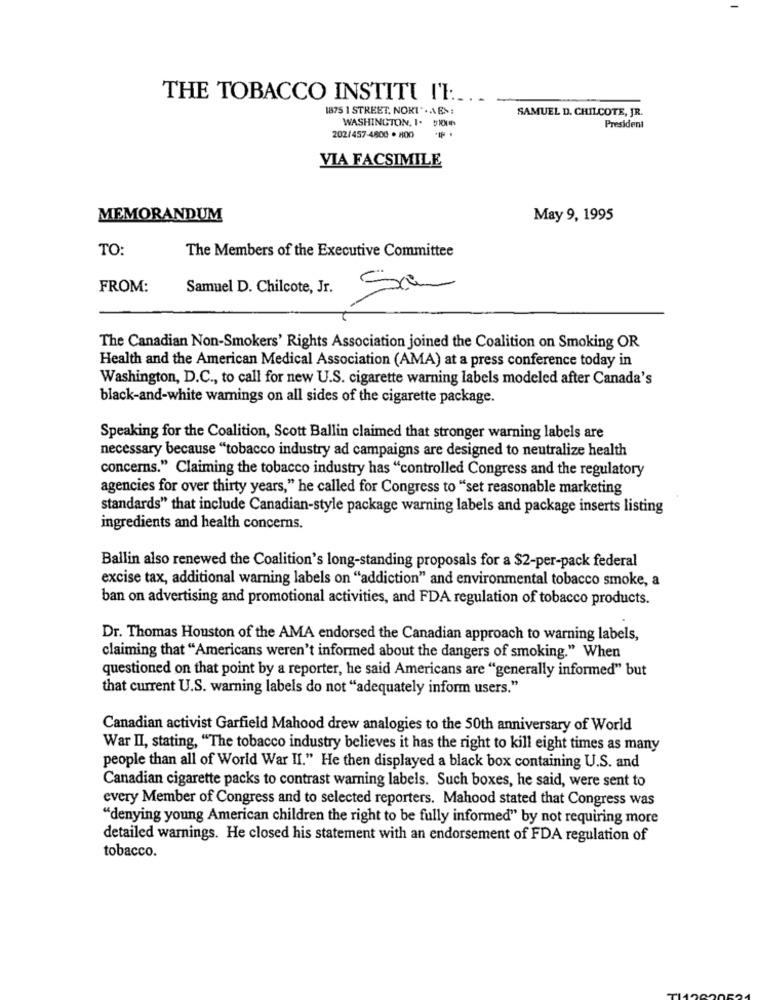
THE TOBACCO INSTITU I'I :...
1875 1 STREET, NORI *. AEN
SAMUEL D. CHILCOTE, JR.
WASHINGTON, 1. $100
President
202/457-4800 · 800
VIA FACSIMILE
MEMORANDUM
May 9, 1995
TO:
The Members of the Executive Committee
FROM:
Samuel D. Chilcote, Jr.
Sa
The Canadian Non-Smokers' Rights Association joined the Coalition on Smoking OR
Health and the American Medical Association (AMA) at a press conference today in
Washington, D.C ., to call for new U.S. cigarette warning labels modeled after Canada's
black-and-white warnings on all sides of the cigarette package.
Speaking for the Coalition, Scott Ballin claimed that stronger warning labels are
necessary because "tobacco industry ad campaigns are designed to neutralize health
concerns." Claiming the tobacco industry has "controlled Congress and the regulatory
agencies for over thirty years," he called for Congress to "set reasonable marketing
standards" that include Canadian-style package warning labels and package inserts listing
ingredients and health concerns.
Ballin also renewed the Coalition's long-standing proposals for a $2-per-pack federal
excise tax, additional warning labels on "addiction" and environmental tobacco smoke, a
ban on advertising and promotional activities, and FDA regulation of tobacco products.
Dr. Thomas Houston of the AMA endorsed the Canadian approach to warning labels,
claiming that "Americans weren't informed about the dangers of smoking." When
questioned on that point by a reporter, he said Americans are "generally informed" but
that current U.S. warning labels do not "adequately inform users."
Canadian activist Garfield Mahood drew analogies to the 50th anniversary of World
War II, stating, "The tobacco industry believes it has the right to kill eight times as many
people than all of World War II." He then displayed a black box containing U.S. and
Canadian cigarette packs to contrast warning labels. Such boxes, he said, were sent to
every Member of Congress and to selected reporters. Mahood stated that Congress was
"denying young American children the right to be fully informed" by not requiring more
detailed warnings. He closed his statement with an endorsement of FDA regulation of
tobacco.